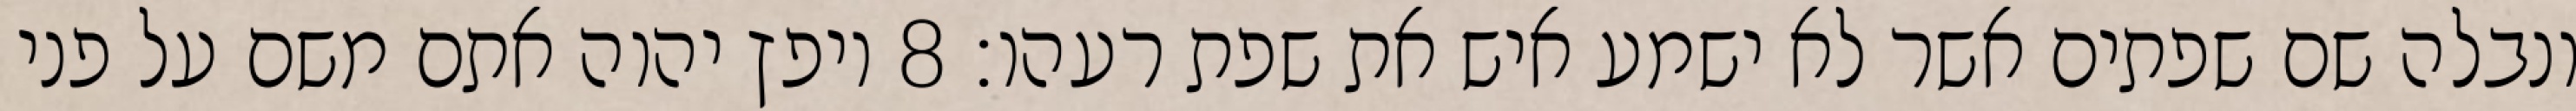
ונבלה שם שפתים אשר לא ישמע איש את שפת רעהו׃ ‎8‏ ויפץ יהוה אתם משם על פני